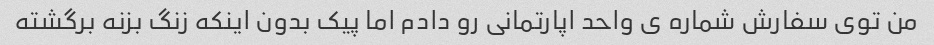
من توی سفارش شماره ی واحد اپارتمانی رو دادم اما پیک بدون اینکه زنگ بزنه برگشته